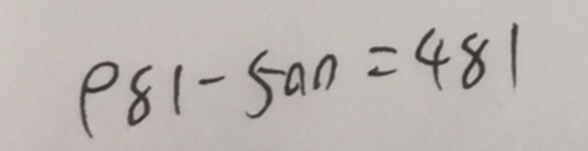
9 8 1 - 5 0 0 = 4 8 1